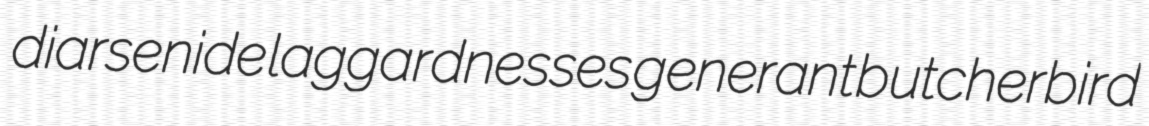
diarsenide laggardnesses generant butcherbird